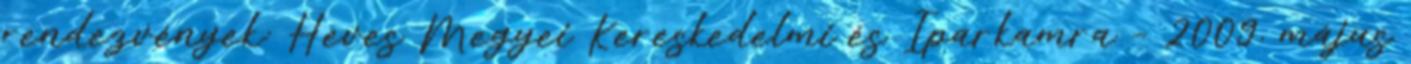
rendezvények: Heves Megyei Kereskedelmi és Iparkamra – 2009. május